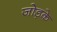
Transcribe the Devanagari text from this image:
जोड़के